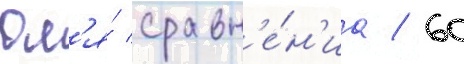
Дл'я́ сравн'е́н'иа / 60